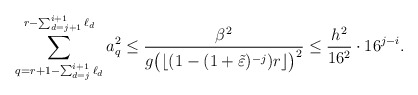
\begin{align*}\sum_{q=r+1-\sum_{d=j}^{i+1}\ell_{d}}^{r-\sum_{d=j+1}^{i+1}\ell_{d}}a_q^2\leq\frac{\beta^2}{g\big(\lfloor(1-(1+\tilde\varepsilon)^{-j})r\rfloor\big)^2}\leq \frac{h^2}{16^2}\cdot 16^{j-i}.\end{align*}